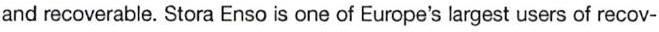
and recoverable. Stora Enso is one of Europe's largest users of recov-